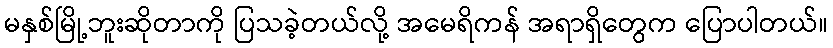
မနှစ်မြို့ဘူးဆိုတာကို ပြသခဲ့တယ်လို့ အမေရိကန် အရာရှိတွေက ပြောပါတယ်။